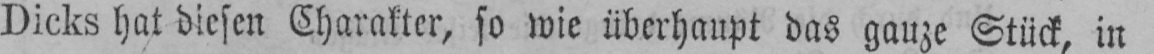
Dicks hat diesen Charakter, so wie überhaupt das ganze Stück, in